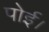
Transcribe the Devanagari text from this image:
पोई।